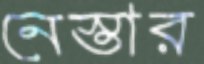
নেস্তার